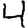
Digit: 4